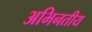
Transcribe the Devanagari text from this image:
अभिनतीय